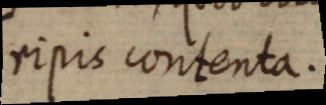
ripis contenta.